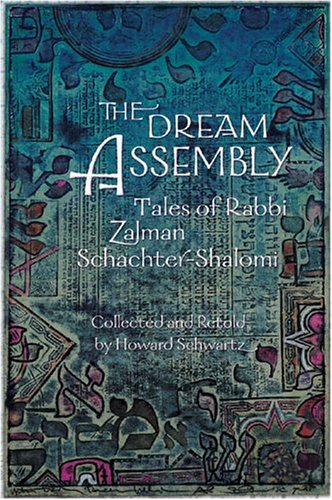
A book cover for The Dream Assembly: Tales of Rabbi Zalman Schachter-Shalomi (Consciousness Classics); Rabbi Zalman Schachter-Shalomi; Science Fiction & Fantasy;